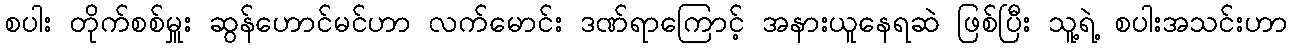
စပါး တိုက်စစ်မှူး ဆွန်ဟောင်မင်ဟာ လက်မောင်း ဒဏ်ရာကြောင့် အနားယူနေရဆဲ ဖြစ်ပြီး သူ့ရဲ့ စပါးအသင်းဟာ